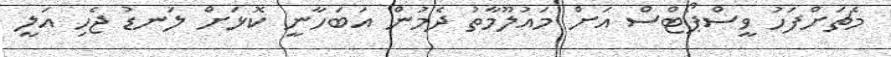
މެޗަށްފަހު ވީސްޕޯޓްސް އަށް މައުލޫމާތު ދެމުން އަބަހާނީ ކޮޅަށް ލަނޑު ޖެހި އަލީ